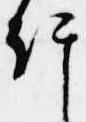
許